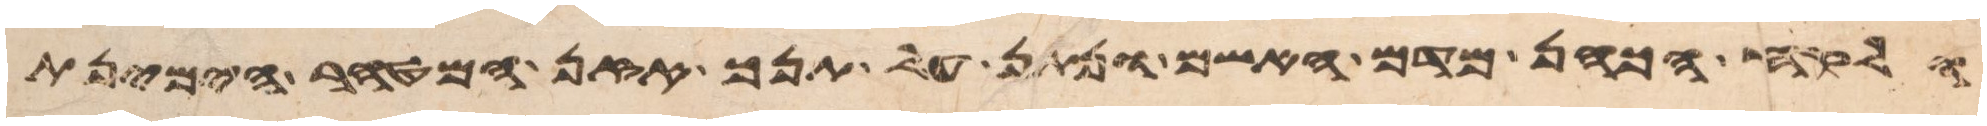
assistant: ולקח הכהן מדם האשם ונתן על תנך אזן המטהר הימנית